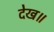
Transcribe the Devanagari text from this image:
देख॥